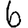
Digit: 6